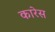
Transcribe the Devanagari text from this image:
कारेस